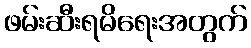
ဖမ်းဆီးရမိရေးအတွက်